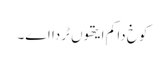
کوخ دا کم ایتھوں ٹردا اے۔